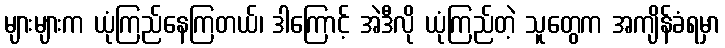
များများက ယုံကြည်နေကြတယ်၊ ဒါကြောင့် အဲဒီလို ယုံကြည်တဲ့ သူတွေက အကျိန်ခံရမှာ